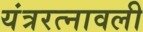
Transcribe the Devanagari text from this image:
यंत्ररत्नावली